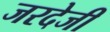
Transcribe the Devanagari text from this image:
जरदेजी